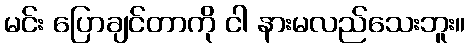
မင်း ပြောချင်တာကို ငါ နားမလည်သေးဘူး။